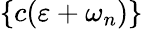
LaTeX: \{ c(\varepsilon+\omega_{n})\}